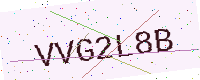
Text: VVG2L8B